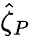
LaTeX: \hat{\zeta}_{P}